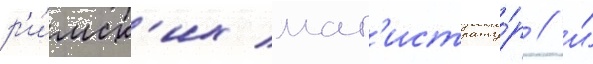
р'и́мск'их маг'истрату́р / и́